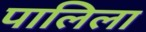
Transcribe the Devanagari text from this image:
पालिला